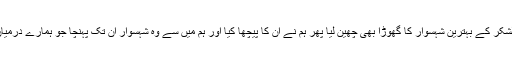
پھر وہاں سے خالی ہاتھ آنا گوارہ نہیں کیا بلکہ لشکر کے بہترین شہسوار کا گھوڑا بھی چھین لیا پھر ہم نے ان کا پیچھا کیا اور ہم میں سے وہ شہسوار ان تک پہنچا جو ہمارے درمیان ہزار گھڑ سواروں کے برابر سمجھا جاتا تھا ۔